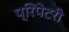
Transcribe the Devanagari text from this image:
प्रिपेटरी